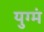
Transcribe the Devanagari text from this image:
युग्मं